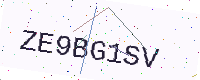
Text: ZE9BG1SV